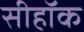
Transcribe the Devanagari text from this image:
सीहॉक